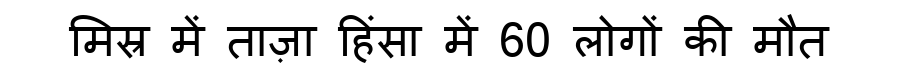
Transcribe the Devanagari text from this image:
मिस्र में ताज़ा हिंसा में 60 लोगों की मौत